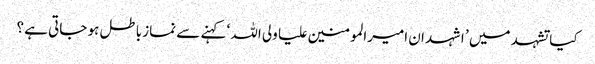
کیا تشہد میں ’ اشہد ان امیرالمومنین علیا ولی اللہ ‘ کہنے سے نماز باطل ہو جاتی ہے ؟